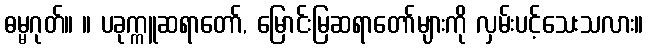
ဓမ္မဂုတ်။ ။ ပခုက္ကူဆရာတော်, မြောင်းမြဆရာတော်များကို လှမ်းပင့်သေးသလား။